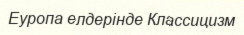
Еуропа елдерінде Классицизм